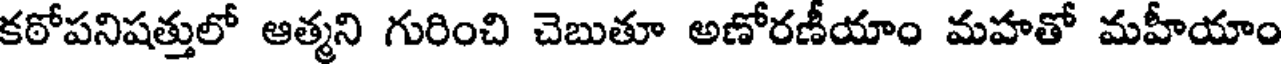
కఠోపనిషత్తులో ఆత్మని గురించి చెబుతూ అణోరణీయాం మహతో మహీయాం